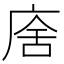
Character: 𢉃